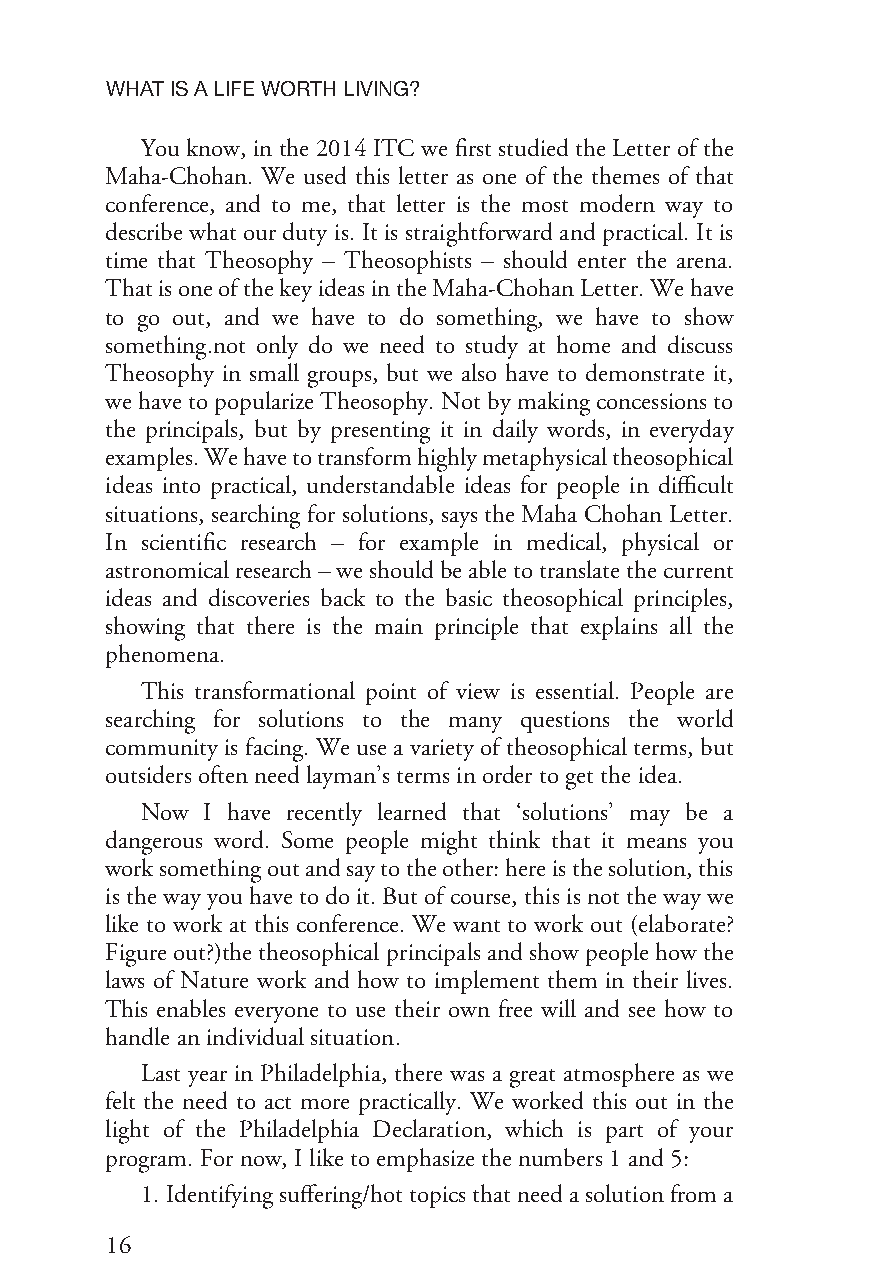
WHATISALIFEWORTHLIVING?
 You know, in the 2014 ITC we first studied the Letter of the
 Maha-Chohan. We used this letter as one of the themes of that
 conference, and to me, that letter is the most modern way to
 describe what our duty is. It is straightforward and practical. It is
 time that Theosophy – Theosophists – should enter the arena.
 ThatisoneofthekeyideasintheMaha-ChohanLetter.Wehave
 to go out, and we have to do something, we have to show
 something.not only do we need to study at home and discuss
 Theosophy in small groups, but we also have to demonstrate it,
 we have to popularize Theosophy. Not by making concessions to
 the principals, but by presenting it in daily words, in everyday
 examples.Wehavetotransformhighlymetaphysicaltheosophical
 ideas into practical, understandable ideas for people in difficult
 situations, searching for solutions, says the Maha Chohan Letter.
 In scientific research – for example in medical, physical or
 astronomicalresearch–weshouldbeabletotranslatethecurrent
 ideas and discoveries back to the basic theosophical principles,
 showing that there is the main principle that explains all the
 phenomena.
 This transformational point of view is essential. People are
 searching for solutions to the many questions the world
 community is facing. We use a variety of theosophical terms, but
 outsidersoften needlayman’stermsinordertogettheidea.
 Now  I have recently learned that ‘solutions’ may be a
 dangerous word. Some people might think that it means you
 worksomethingoutandsaytotheother:hereisthesolution,this
 is the way you have to do it. But of course, this is not the way we
 like to work at this conference. We want to work out (elaborate?
 Figure out?)the theosophical principals and show people how the
 laws of Nature work and how to implement them in their lives.
 This enables everyone to use their own free will and see how to
 handleanindividualsituation.
 Last year in Philadelphia, there was a great atmosphere as we
 felt the need to act more practically. We worked this out in the
 light of the Philadelphia Declaration, which is part of your
 program.For now,Iliketoemphasizethenumbers 1and5:
 1.Identifyingsuffering/hottopicsthatneedasolutionfroma
 16